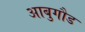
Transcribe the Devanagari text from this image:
आबुगौड